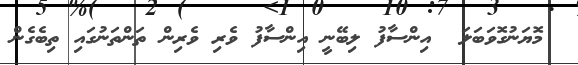
މޮޔަނުގޮވަބަލަ  އިންސާފު ލިބޭނީ އިންސާފު ވެރި ވެރިން ތަންތަނުގައި ތިބެގެން